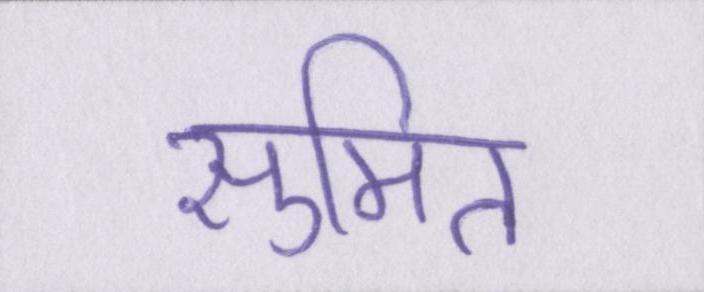
सुमित